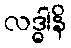
လဒ္ဓါနိ